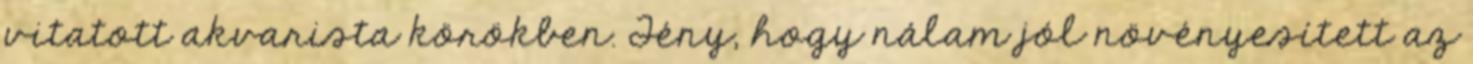
vitatott akvarista körökben. Tény, hogy nálam jól növényesített az